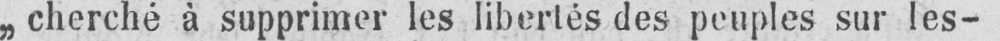
„cherché à supprimer les libertés des peuples sur les-